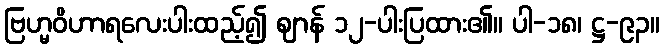
ဗြဟ္မဝိဟာရလေးပါးထည့်၍ ဈာန် ၁၂-ပါးပြထား၏။ ပါ-၁၈၊ ဋ္ဌ-၉၃။